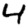
Digit: 4